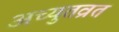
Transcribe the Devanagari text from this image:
अच्युतव्रत